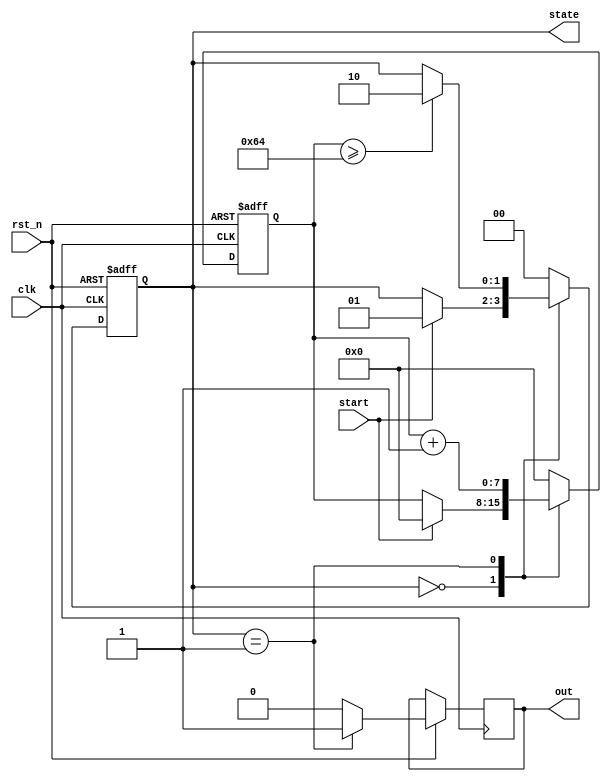
module TimerBasedMealyFSM (
    input wire clk,             // Clock signal
    input wire rst_n,           // Active-low reset signal
    input wire start,           // External input to start the timer
    output reg [1:0] state,     // Current state output (2 bits for 4 states)
    output reg out              // Output based on state and inputs
);

// State encoding
localparam IDLE     = 2'b00; // Idle state
localparam ACTIVE   = 2'b01; // Active state
localparam TIMEOUT  = 2'b10; // Timeout state

// Parameters for Timer
parameter TIMER_LIMIT = 8'd100; // Set timer limit for demo

// Timer register
reg [7:0] timer; // 8-bit timer for counting

// State transition logic
always @(posedge clk or negedge rst_n) begin
    if (!rst_n) begin
        state <= IDLE;
        timer <= 8'b0;
    end else begin
        case (state)
            IDLE: begin
                if (start) begin
                    state <= ACTIVE;
                    timer <= 8'b0; // Reset timer when starting
                end
                out <= 0; // Output during idle is low
            end
            
            ACTIVE: begin
                timer <= timer + 1; // Increment timer
                if (timer >= TIMER_LIMIT) begin
                    state <= TIMEOUT;
                end
                out <= 1; // Output during active is high
            end
            
            TIMEOUT: begin
                // Resetting state back to IDLE after timeout
                state <= IDLE; // Transition back to idle
                timer <= 8'b0; // Reset timer
                out <= 0; // Output low on timeout state
            end
            
            default: begin
                state <= IDLE; // Default state
                timer <= 8'b0; // Reset timer
                out <= 0;
            end
        endcase
    end
end

endmodule